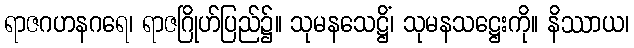
ရာဇဂဟနဂရေ၊ ရာဇဂြိုဟ်ပြည်၌။ သုမနသေဋ္ဌိံ၊ သုမနသဋ္ဌေးကို။ နိဿာယ၊